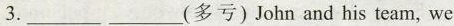
3.___ ___(多亏)John and his team, we